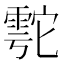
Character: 𲉹